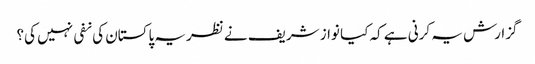
گزارش یہ کرنی ہے کہ کیا نواز شریف نے نظریہ پاکستان کی نفی نہیں کی؟